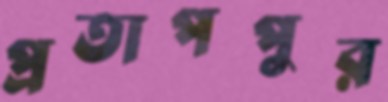
প্রতাপপুর